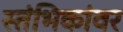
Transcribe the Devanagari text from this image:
स्तंभिकांवर